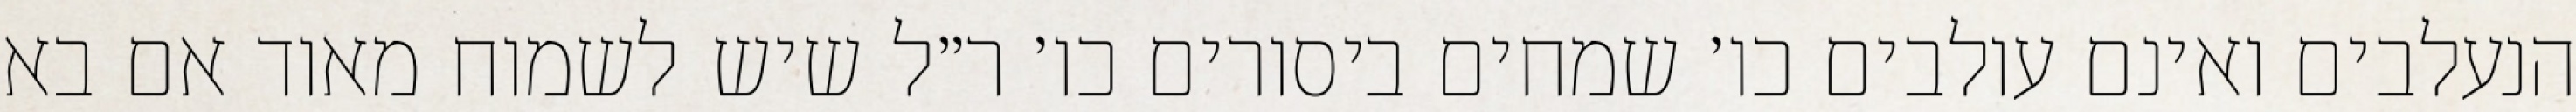
הנעלבים ואינם עולבים כו׳ שמחים ביסורים כו׳ ר״ל שיש לשמוח מאוד אם בא